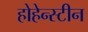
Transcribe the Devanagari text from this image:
होहेन्स्टीन